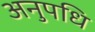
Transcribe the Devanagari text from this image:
अनुपधि